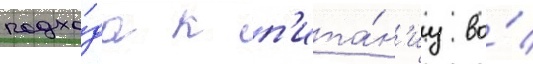
подхо́да к п'ита́н'иу во́